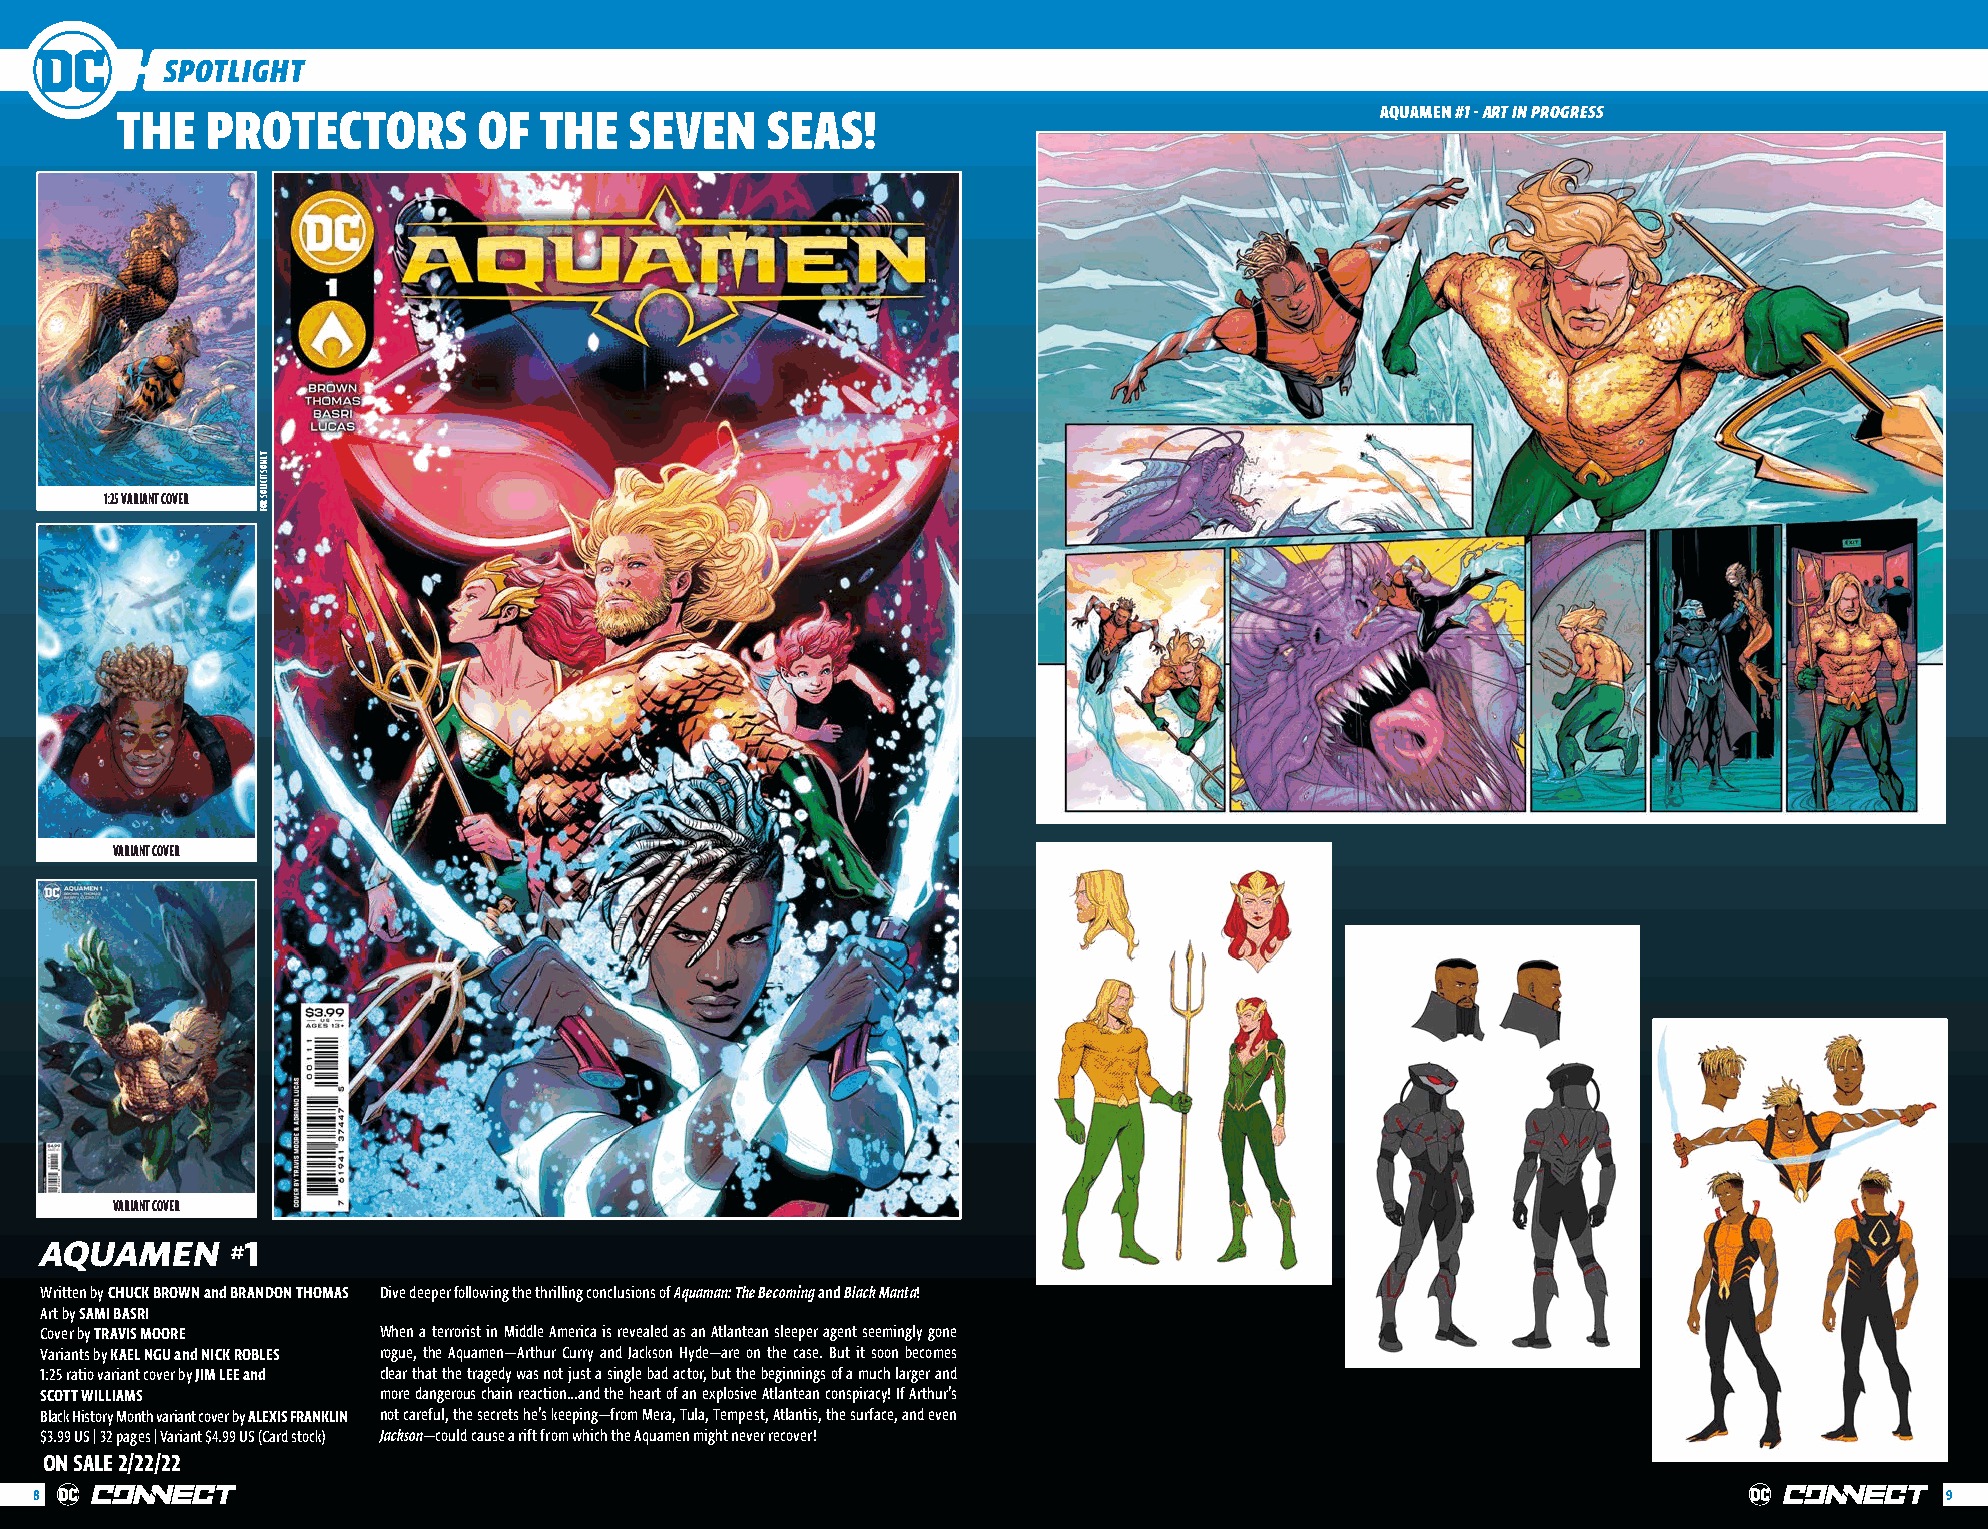
SPOTLIGHT
 THE   PROTECTORS        OF  THE   SEVEN    SEAS!                                   AQUAMEN #1 - ART IN PROGRESS
 1:25 VARIANT COVER
 VARIANT COVER
 VARIANT COVER
 AQUAMEN      1
 #
 Written by CHUCK BROWN and BRANDON THOMAS Dive deeper following the thrilling conclusions of Aquaman: The Becoming and Black Manta!
 Art by SAMI BASRI
 Cover by TRAVIS MOORE When a terrorist in Middle America is revealed as an Atlantean sleeper agent seemingly gone
 Variants by KAEL NGU and NICK ROBLES rogue, the Aquamen—Arthur Curry and Jackson Hyde—are on the case. But it soon becomes
 1:25 ratio variant cover by JIM LEE and clear that the tragedy was not just a single bad actor, but the beginnings of a much larger and
 SCOTT WILLIAMS        more dangerous chain reaction…and the heart of an explosive Atlantean conspiracy! If Arthur’s
 Black History Month variant cover by ALEXIS FRANKLIN not careful, the secrets he’s keeping—from Mera, Tula, Tempest, Atlantis, the surface, and even
 $3.99 US | 32 pages | Variant $4.99 US (Card stock) Jackson—could cause a rift from which the Aquamen might never recover!
 ON SALE 2/22/22
 8                                                                                                                              9
 YLNO
 STICILOS
 ROF